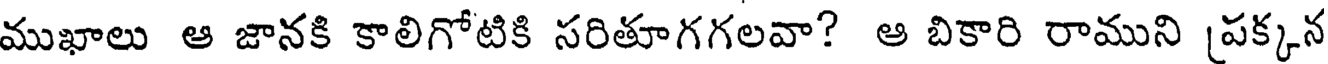
ముఖాలు ఆ జానకి కాలిగోటికి సరితూగగలవా? ఆ బికారి రాముని [పక్కన